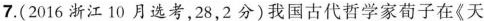
7.(2016浙江10月选考，28，2分)我国古代哲学家荀子在《天